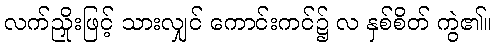
လက်ညှိုးဖြင့် သားလျှင် ကောင်းကင်၌ လ နှစ်စိတ် ကွဲ၏။